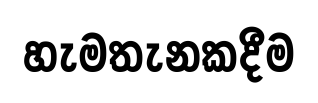
හැමතැනකදීම